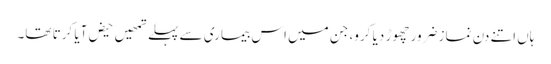
ہاں اتنے دن نماز ضرور چھوڑ دیا کرو، جن میں اس بیماری سے پہلے تمھیں حیض آیا کرتا تھا۔